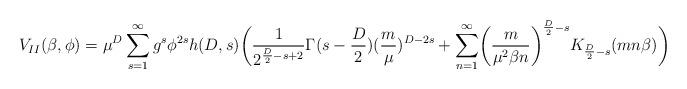
LaTeX: \begin{align*}V_{II}(\beta,\phi)=\mu^{D}\sum^{\infty}_{s=1}g^{s}\phi^{2s}h(D,s)\biggl(\frac{1}{2^{\frac{D}{2}-s+2}}\Gamma(s-\frac{D}{2})(\frac{m}{\mu})^{D-2s}+\sum^{\infty}_{n=1}\biggl(\frac{m}{\mu^{2}\beta n}\biggr)^{\frac{D}{2}-s}K_{\frac{D}{2}-s}(mn\beta)\biggr)\end{align*}